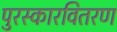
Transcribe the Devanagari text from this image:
पुरस्कारवितरण